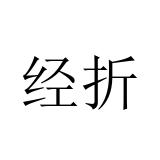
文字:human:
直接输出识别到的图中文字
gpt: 经折